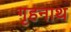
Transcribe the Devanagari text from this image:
गृहनाथ